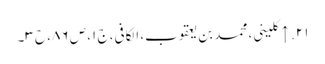
۲۱. ↑ کلینی، محمد بن یعقوب، الکافی، ج ۱، ص ۸۶، ح ۳۔